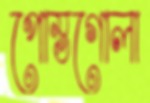
পোস্তগোলা